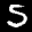
Label: 5